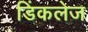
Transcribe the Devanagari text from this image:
डिंकलेज